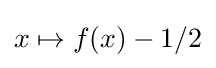
x\mapsto f(x)-1/2